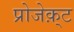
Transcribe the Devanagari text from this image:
प्रोजेक़्ट